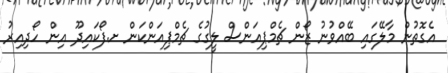
އެގޮތުން މާލޭގައި ބޭއްވުނު ޒޯން ޗެމްޕިއަންސް ލީގުގެ ޗެމްޕިއަންކަން ށ.ފޯކައިދޫ އިން ހޯދިއިރު